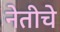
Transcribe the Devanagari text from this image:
नेतीचे